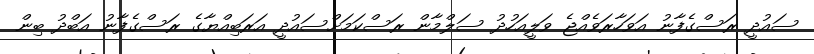
ސައުދީ ރަސްގެފާނު އަވަހާރަވެއްޖެ ވަލީއަހުދު ސަލްމާން ރަސްކަމަށްސައުދީ އަރަބިއްޔާގެ ރަސްގެފާނު އަބްދު ބިން